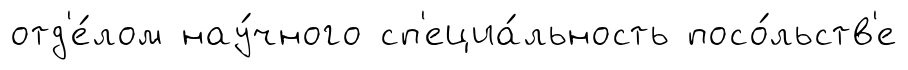
отд'е́лом нау́чного сп'ециа́льность посо́льств'е